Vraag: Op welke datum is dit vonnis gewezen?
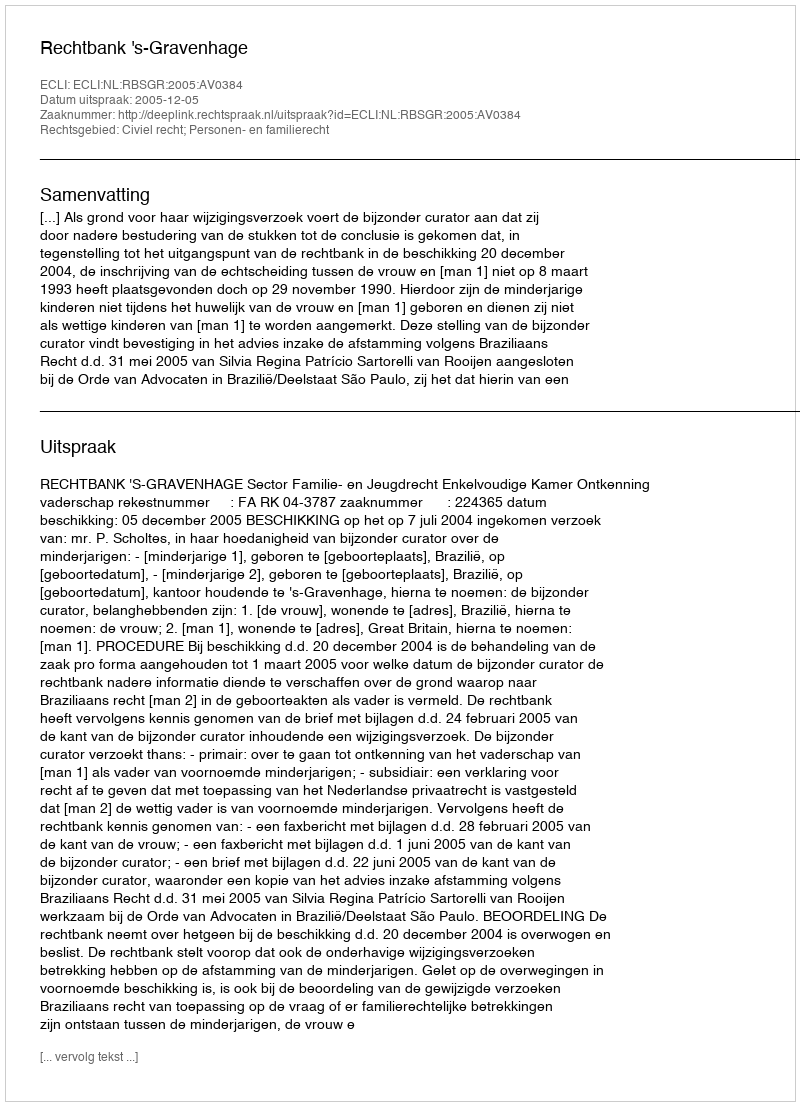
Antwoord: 2005-12-05